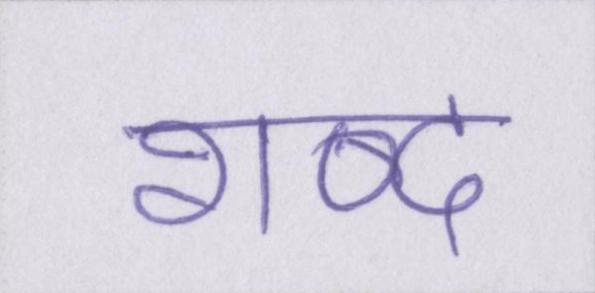
शब्द